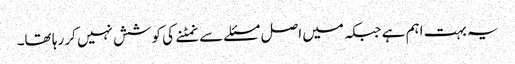
یہ بہت اہم ہے جبکہ میں اصل مسئلے سے نمٹنے کی کوشش نہیں کر رہا تھا۔